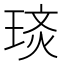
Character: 𭹡